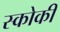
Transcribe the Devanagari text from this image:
स्‍कोकी